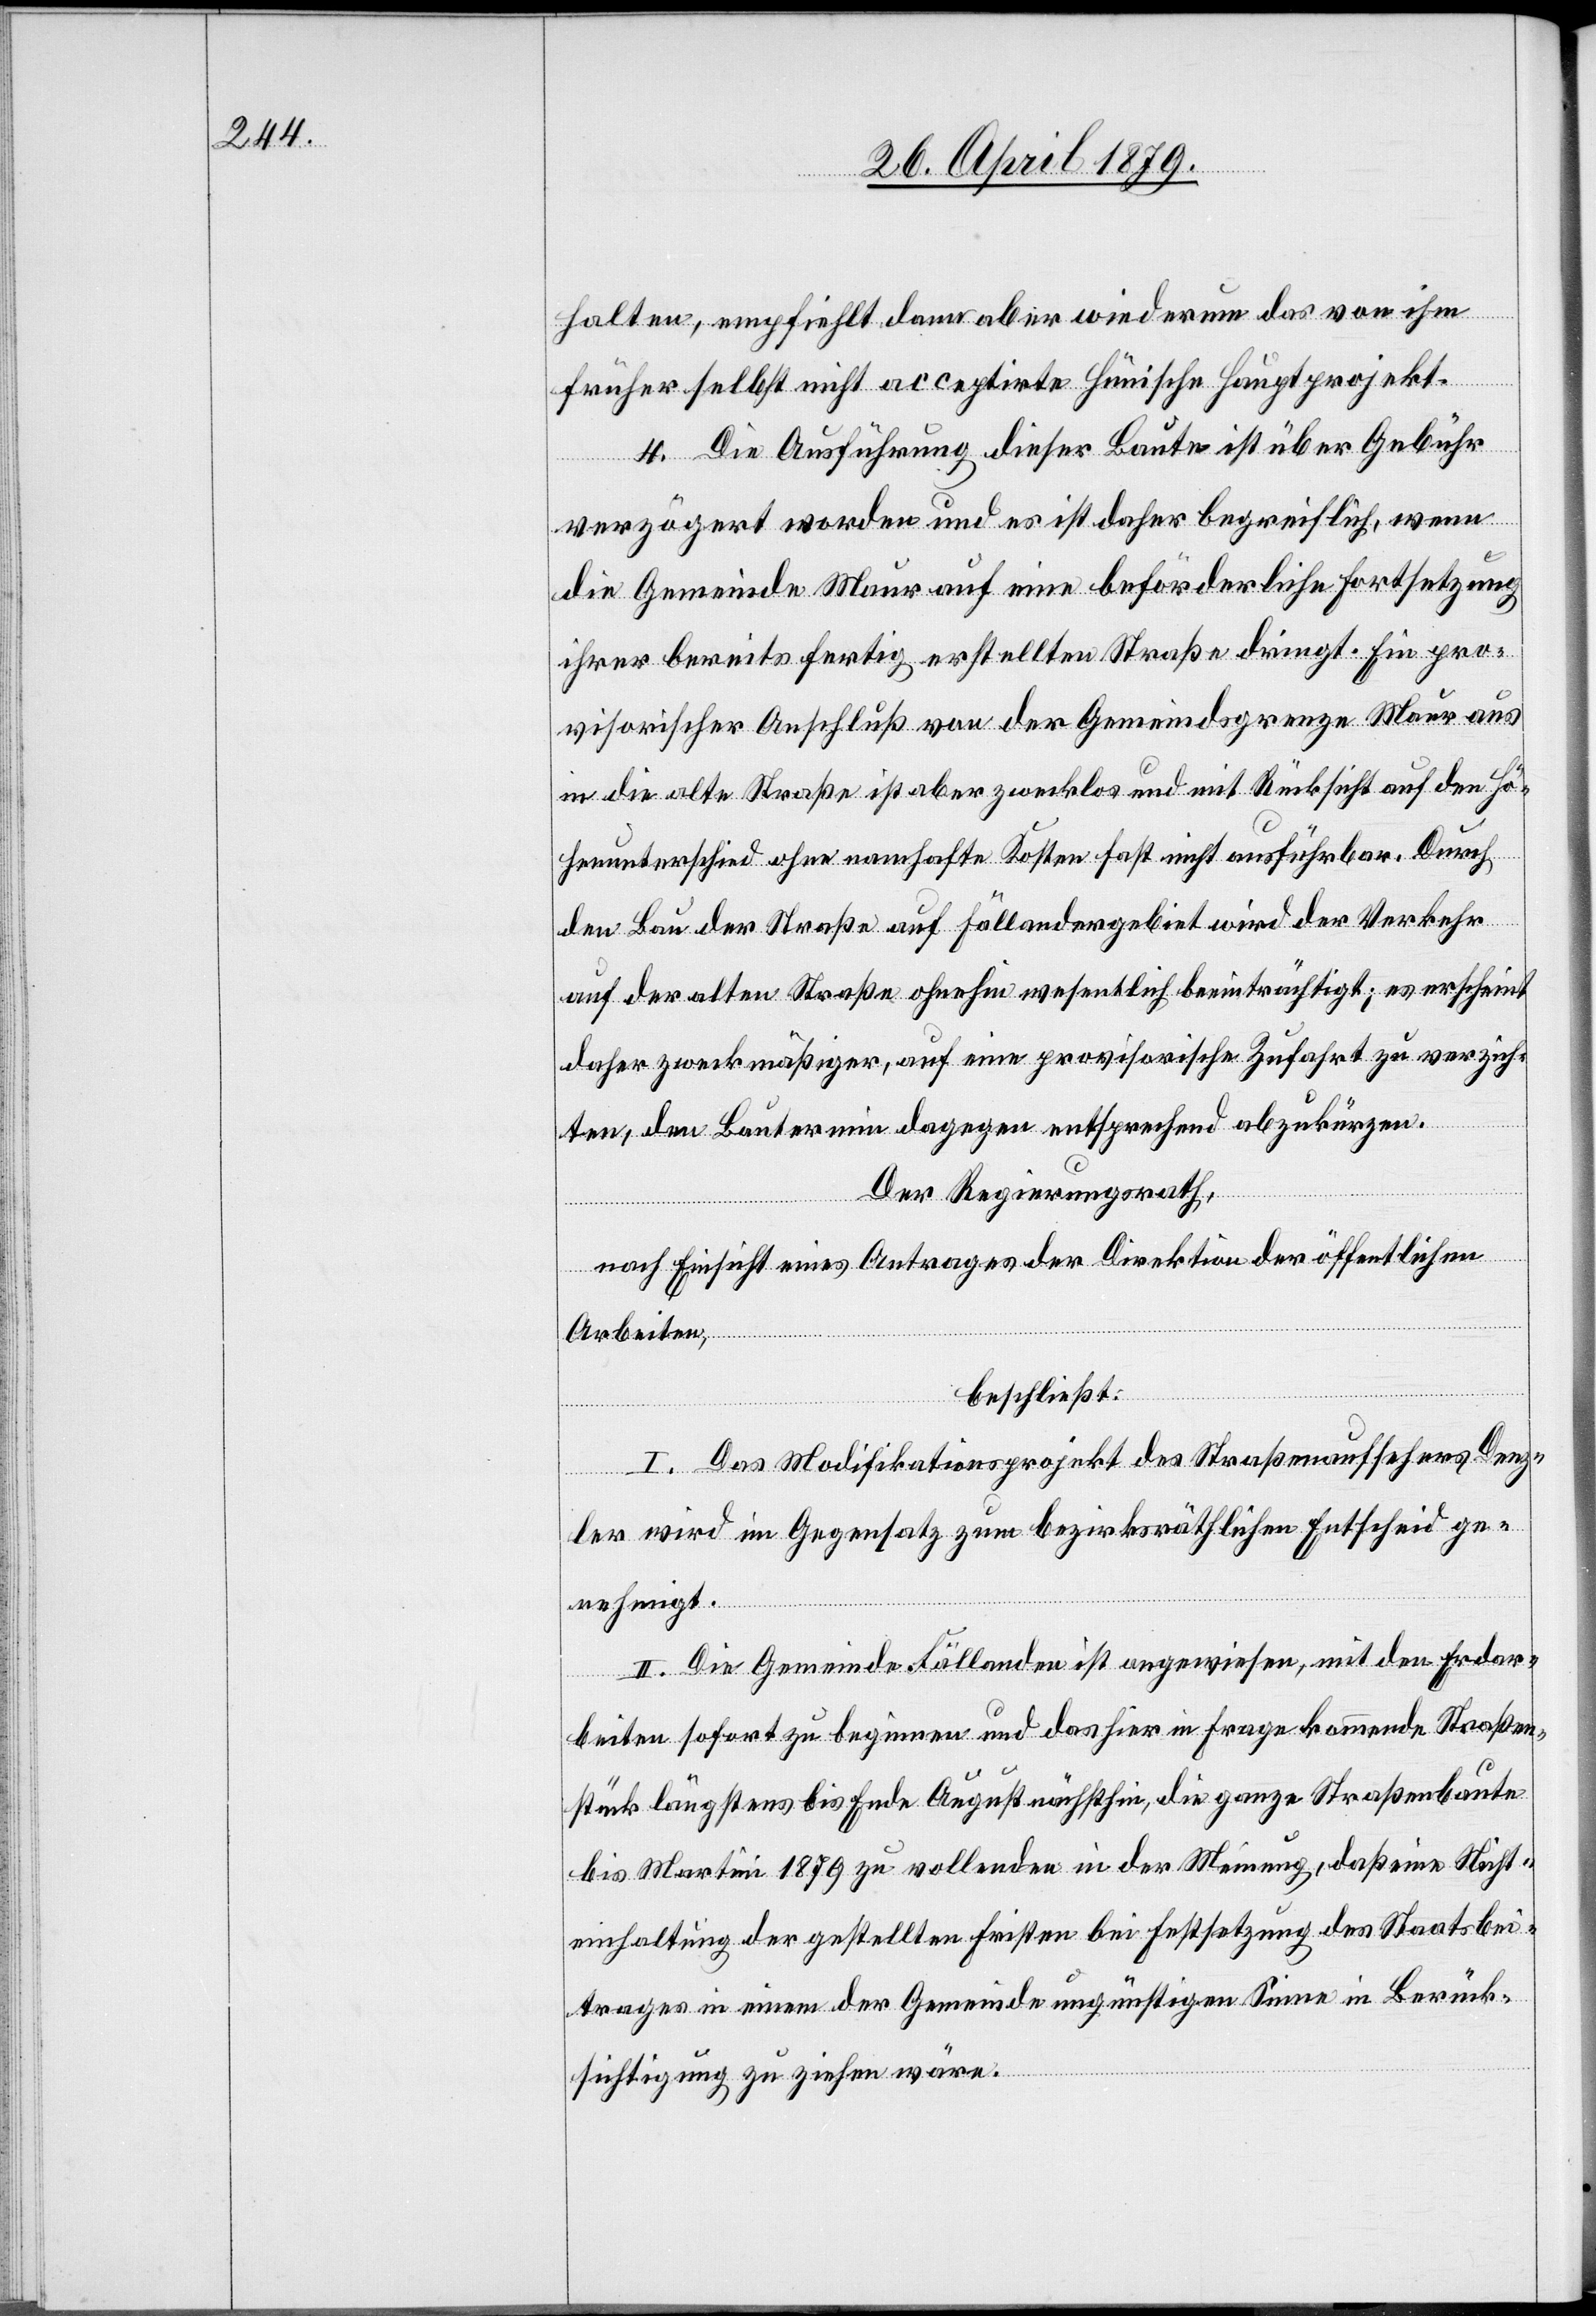
halten, empfiehlt dann aber wiederum das von ihm
früher selbst nicht acceptirte Hünische Hauptprojekt.
4. Die Ausführung dieser Baute ist über Gebühr
verzögert worden und es ist daher begreiflich, wenn
die Gemeinde Maur auf eine beförderliche Fortsetzung
ihrer bereits fertig erstellten Straße dringt. Ein pro¬
visorischer Anschluß von der Gemeindsgrenze Maur aus
in die alte Straße ist aber zwecklos und mit Rücksicht auf den Hö¬
henunterschied ohne namhafte Kosten fast nicht ausführbar. Durch
den Bau der Straße auf Fällandergebiet wird der Verkehr
auf der alten Straße ohnehin wesentlich beeinträchtigt; es erscheint
daher zweckmäßiger, auf eine provisorische Zufahrt zu verzich¬
ten, den Bautermin dagegen entsprechend abzukürzen.
Der Regierungsrath,
nach Einsicht eines Antrages der Direktion der öffentlichen
Arbeiten,
beschließt:
I. Das Modifikationsprojekt des Straßenaufsehers Denz¬
ler wird im Gegensatz zum bezirksräthlichen Entscheid ge¬
nehmigt.
II. Die Gemeinde Fällanden ist angewiesen, mit den Erdar¬
beiten sofort zu beginnen und das hier in Frage kommende Straßen¬
stück längstens bis Ende August nächsthin, die ganze Straßenbaute
bis Martini 1879 zu vollenden in der Meinung, daß eine Nicht¬
einhaltung der gestellten Fristen bei Festsetzung des Staatsbei¬
trages in einem der Gemeinde ungünstigen Sinne in Berück¬
sichtigung zu ziehen wäre.